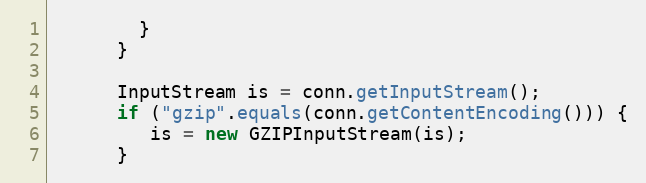
Language: Java
        }
      }

      InputStream is = conn.getInputStream();
      if ("gzip".equals(conn.getContentEncoding())) {
         is = new GZIPInputStream(is);
      }